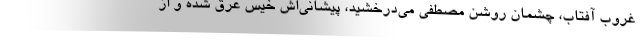
غروب آفتاب، چشمان روشن مصطفی می‌درخشید، پیشانی‌اش خیس عرق شده و از